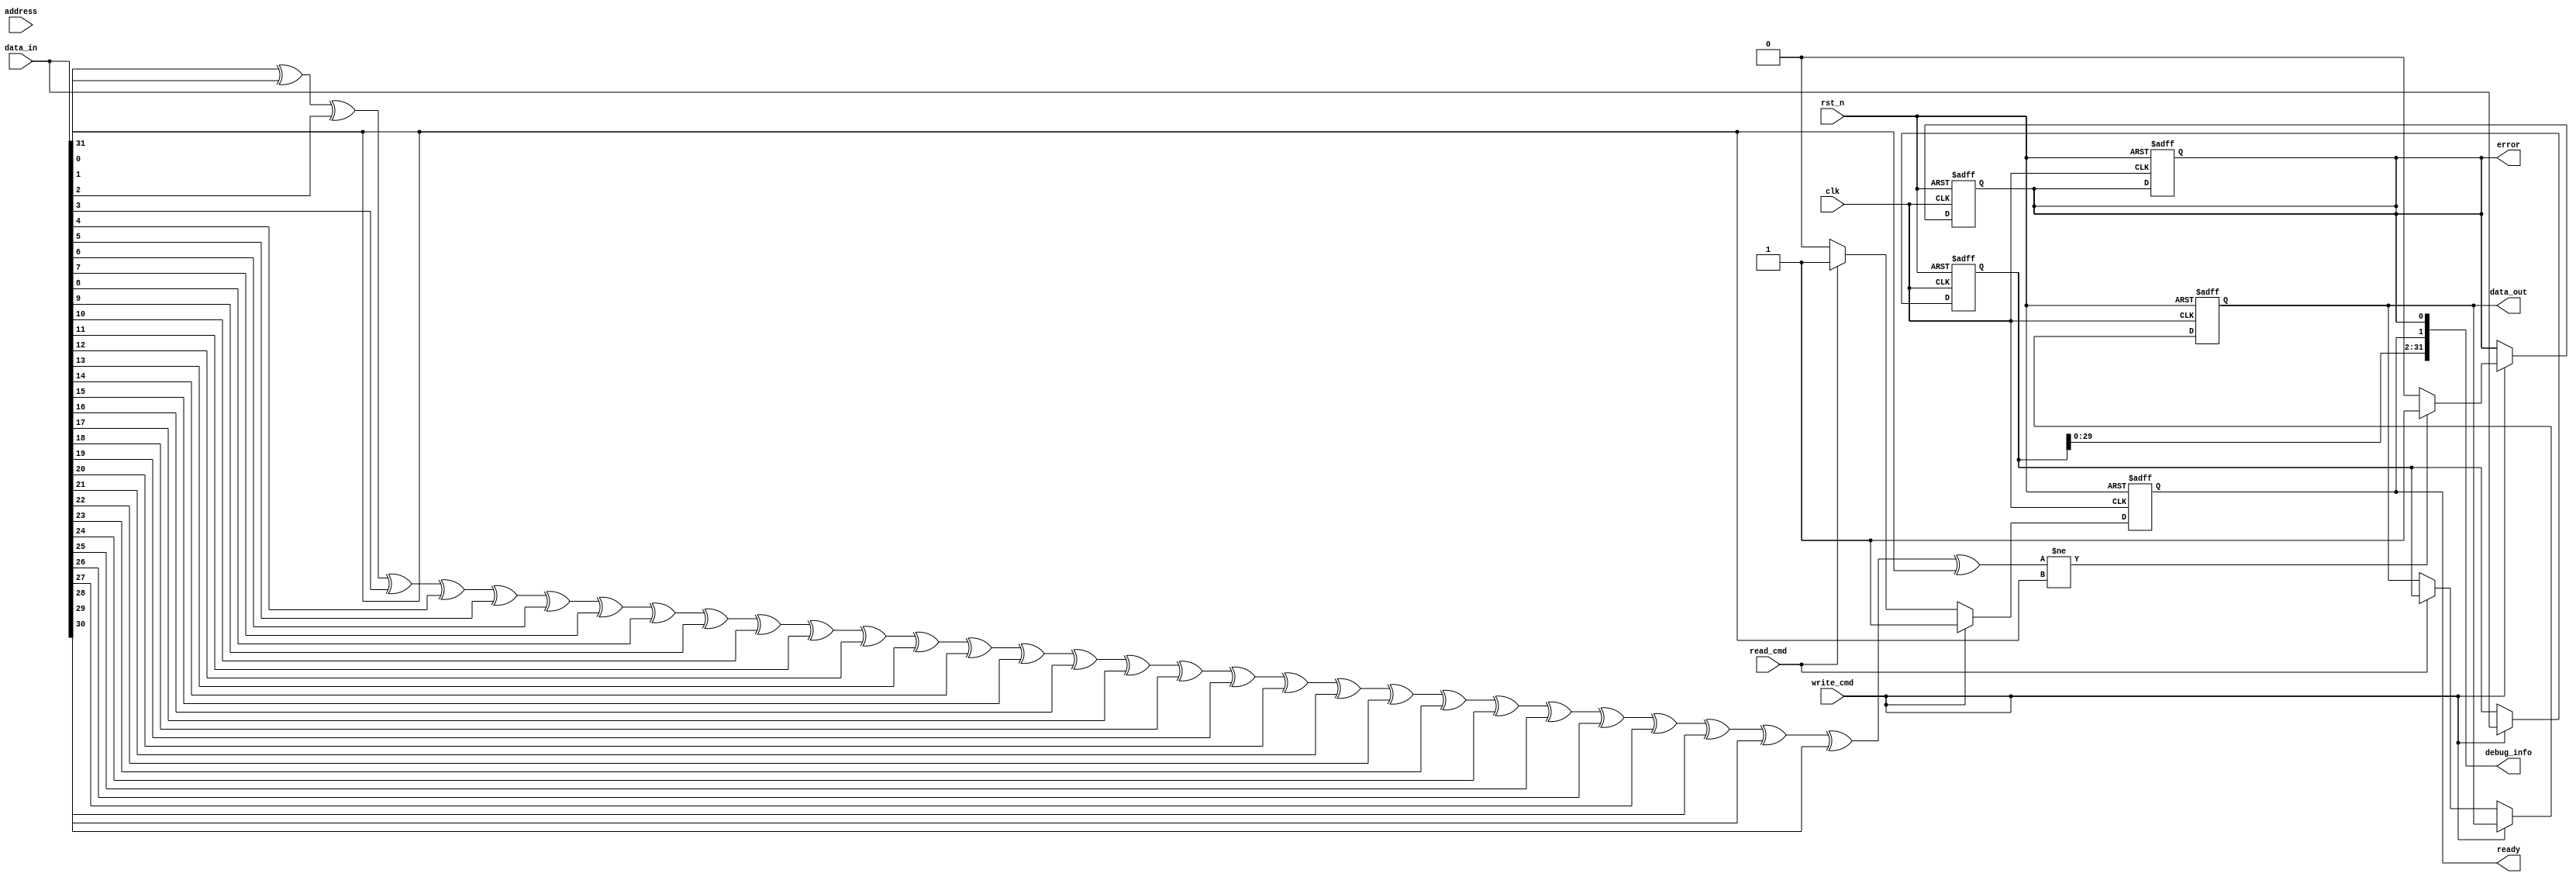
module IO_Block (
    input wire clk,
    input wire rst_n,
    input wire [31:0] data_in,
    output wire [31:0] data_out,
    input wire read_cmd,
    input wire write_cmd,
    input wire [15:0] address,
    output wire ready,
    output wire error,
    output wire [31:0] debug_info
);

// Parameters
parameter DATA_WIDTH = 32;
parameter ADDR_WIDTH = 16;

// Internal signals
reg [DATA_WIDTH-1:0] data_buffer;
reg [DATA_WIDTH-1:0] data_out_reg;
reg ready_reg;
reg error_reg;

// Data I/O Buffers
always @(posedge clk or negedge rst_n) begin
    if (!rst_n) begin
        data_buffer <= 0;
        data_out_reg <= 0;
        ready_reg <= 0;
        error_reg <= 0;
    end else begin
        if (write_cmd) begin
            data_buffer <= data_in; // Write data to buffer
            ready_reg <= 1; // Indicate ready for next operation
        end else if (read_cmd) begin
            data_out_reg <= data_buffer; // Read data from buffer
            ready_reg <= 1; // Indicate ready for next operation
        end else begin
            ready_reg <= 0; // Not ready
        end
    end
end

assign data_out = data_out_reg;
assign ready = ready_reg;
assign error = error_reg;

// Address Decoder
wire [3:0] bank_select;
wire [3:0] row_select;

assign bank_select = address[15:12]; // Example bank selection
assign row_select = address[11:8]; // Example row selection

// Error Detection and Correction (EDAC)
always @(posedge clk or negedge rst_n) begin
    if (!rst_n) begin
        error_reg <= 0;
    end else begin
        // Simple parity check for error detection
        if (write_cmd) begin
            // Assume we have a function to calculate parity
            if (calculate_parity(data_in) != data_in[31]) begin
                error_reg <= 1; // Set error if parity does not match
            end else begin
                error_reg <= 0; // No error
            end
        end
    end
end

// Debug Information
assign debug_info = {data_buffer, ready_reg, error_reg};

// Function to calculate parity (simple example)
function [0:0] calculate_parity(input [31:0] data);
    integer i;
    begin
        calculate_parity = 0;
        for (i = 0; i < 32; i = i + 1) begin
            calculate_parity = calculate_parity ^ data[i];
        end
    end
endfunction

endmodule